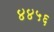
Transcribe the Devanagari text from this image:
४४५६